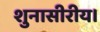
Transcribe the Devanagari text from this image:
शुनासीरीय।